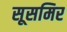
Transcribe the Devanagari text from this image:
सूसमिर